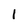
Character: 1